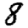
Digit: 8